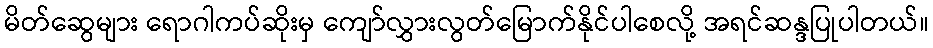
မိတ်ဆွေများ ရောဂါကပ်ဆိုးမှ ကျော်လွှားလွတ်မြောက်နိုင်ပါစေလို့ အရင်ဆန္ဒပြုပါတယ်။